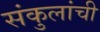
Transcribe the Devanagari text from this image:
संकुलांची